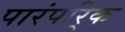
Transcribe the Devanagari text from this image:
पारंपरि्क